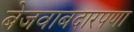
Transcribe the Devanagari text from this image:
बेजवाबदारपणा